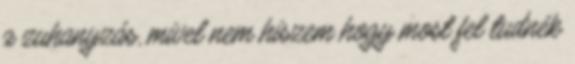
a zuhanyzás, mivel nem hiszem hogy most fel tudnék